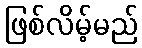
ဖြစ်လိမ့်မည်